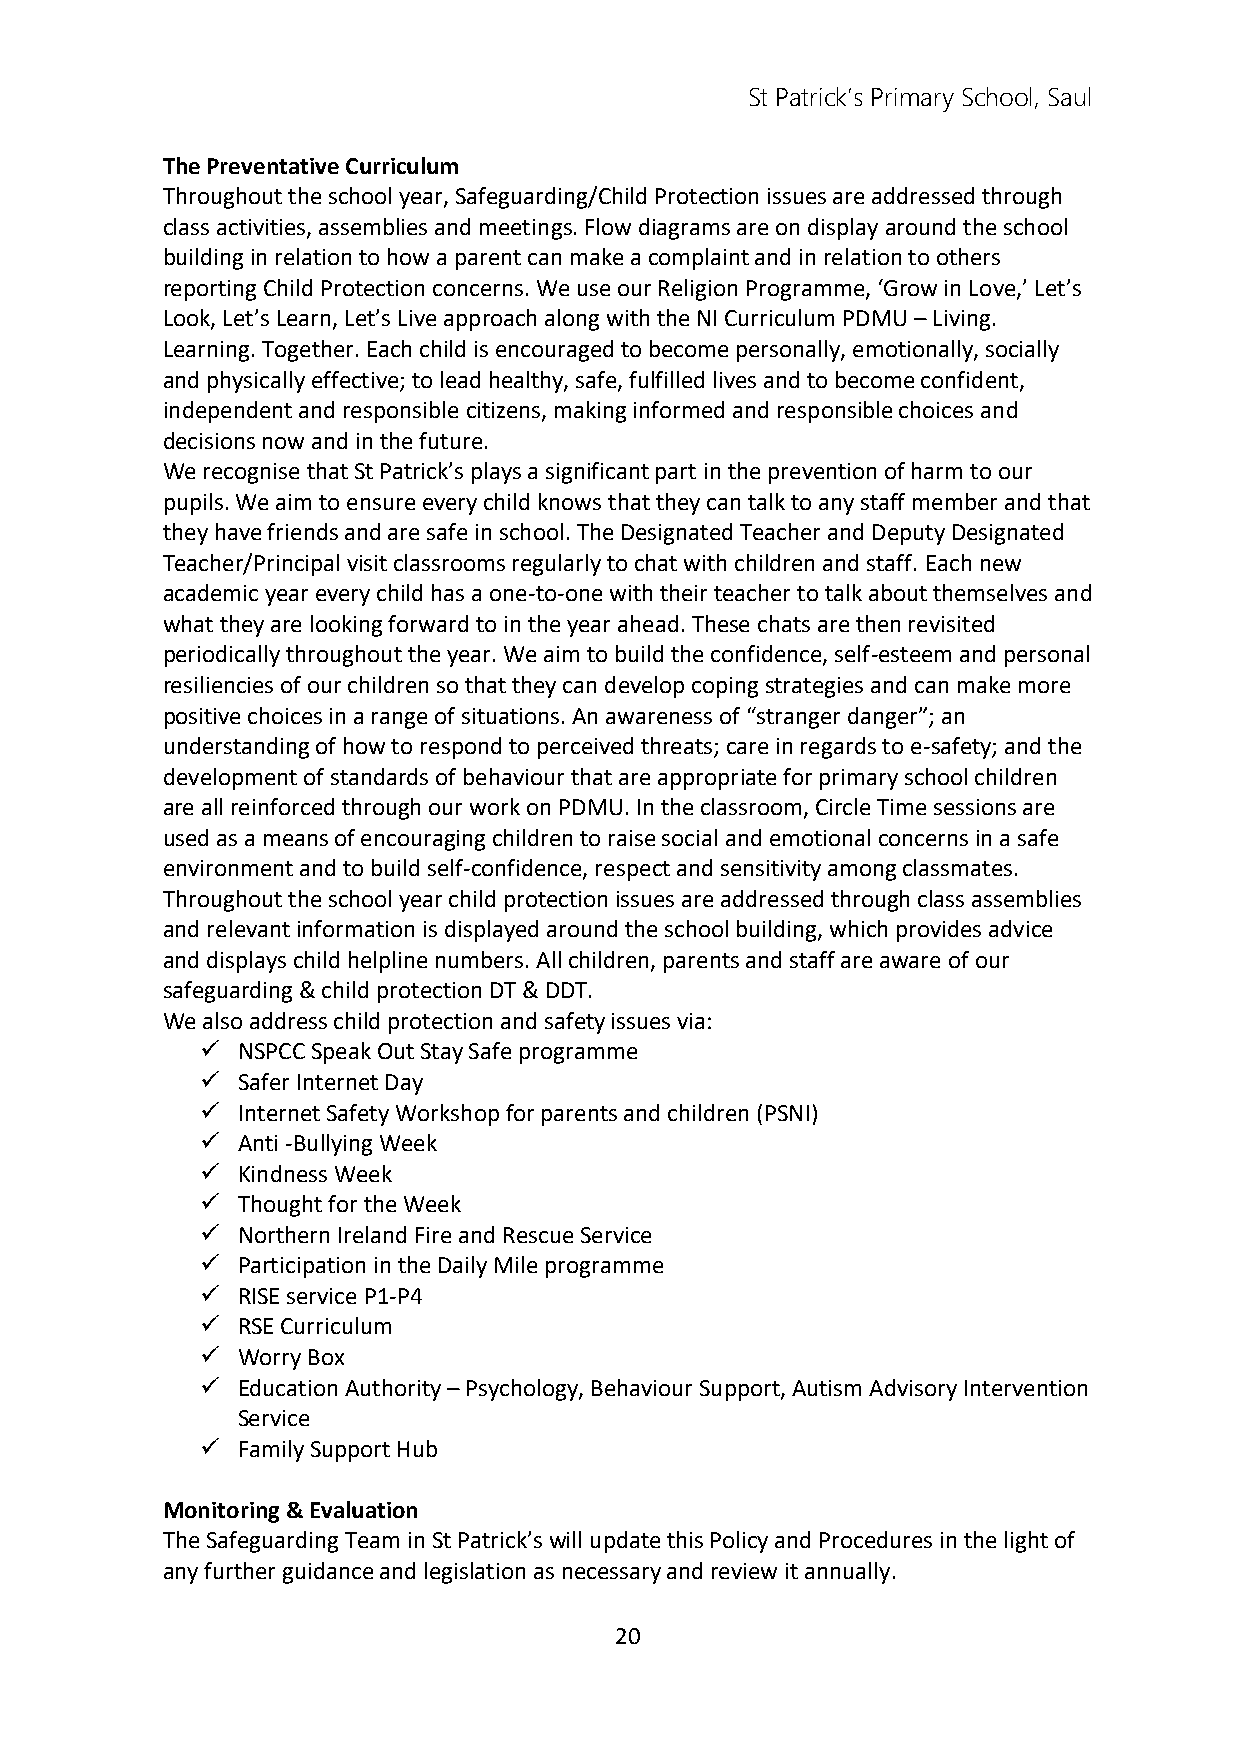
St Patrick’s Primary School, Saul
 The Preventative Curriculum
 Throughout the school year, Safeguarding/Child Protection issues are addressed through
 class activities, assemblies and meetings. Flow diagrams are on display around the school
 building in relation to how a parent can make a complaint and in relation to others
 reporting Child Protection concerns. We use our Religion Programme, ‘Grow in Love,’ Let’s
 Look, Let’s Learn, Let’s Live approach along with the NI Curriculum PDMU – Living.
 Learning. Together. Each child is encouraged to become personally, emotionally, socially
 and physically effective; to lead healthy, safe, fulfilled lives and to become confident,
 independent and responsible citizens, making informed and responsible choices and
 decisions now and in the future.
 We recognise that St Patrick’s plays a significant part in the prevention of harm to our
 pupils. We aim to ensure every child knows that they can talk to any staff member and that
 they have friends and are safe in school. The Designated Teacher and Deputy Designated
 Teacher/Principal visit classrooms regularly to chat with children and staff. Each new
 academic year every child has a one-to-one with their teacher to talk about themselves and
 what they are looking forward to in the year ahead. These chats are then revisited
 periodically throughout the year. We aim to build the confidence, self-esteem and personal
 resiliencies of our children so that they can develop coping strategies and can make more
 positive choices in a range of situations. An awareness of “stranger danger”; an
 understanding of how to respond to perceived threats; care in regards to e-safety; and the
 development of standards of behaviour that are appropriate for primary school children
 are all reinforced through our work on PDMU. In the classroom, Circle Time sessions are
 used as a means of encouraging children to raise social and emotional concerns in a safe
 environment and to build self-confidence, respect and sensitivity among classmates.
 Throughout the school year child protection issues are addressed through class assemblies
 and relevant information is displayed around the school building, which provides advice
 and displays child helpline numbers. All children, parents and staff are aware of our
 safeguarding & child protection DT & DDT.
 We also address child protection and safety issues via:
   NSPCC Speak Out Stay Safe programme
   Safer Internet Day
   Internet Safety Workshop for parents and children (PSNI)
   Anti -Bullying Week
   Kindness Week
   Thought for the Week
   Northern Ireland Fire and Rescue Service
   Participation in the Daily Mile programme
   RISE service P1-P4
   RSE Curriculum
   Worry Box
   Education Authority – Psychology, Behaviour Support, Autism Advisory Intervention
 Service
   Family Support Hub
 Monitoring & Evaluation
 The Safeguarding Team in St Patrick’s will update this Policy and Procedures in the light of
 any further guidance and legislation as necessary and review it annually.
 20